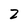
Character: Z